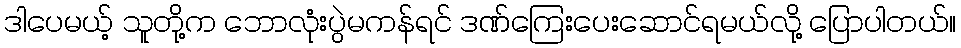
ဒါပေမယ့် သူတို့က ဘောလုံးပွဲမကန်ရင် ဒဏ်ကြေးပေးဆောင်ရမယ်လို့ ပြောပါတယ်။